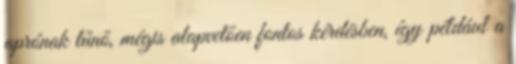
aprónak tűnő, mégis alapvetően fontos kérdésben, így például a